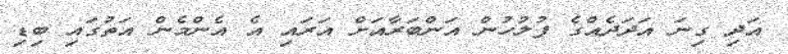
އަދި ގިނަ އަދަދެއްގެ ފުލުހުން އަންބަރާއަށް އަރައި އެ އެންމެން އަތުގައި ބިޑި